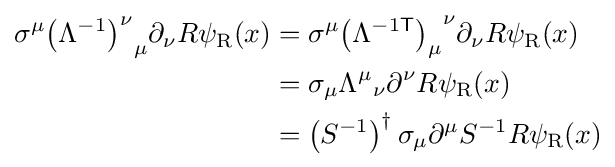
{\begin{aligned}\sigma ^{\mu }{\left(\Lambda ^{-1}\right)^{\nu }}_{\mu }\partial _{\nu }R\psi _{\rm {R}}(x)&=\sigma ^{\mu }{\left(\Lambda ^{-1{\mathsf {T}}}\right)_{\mu }}^{\nu }\partial _{\nu }R\psi _{\rm {R}}(x)\\&=\sigma _{\mu }{\Lambda ^{\mu }}_{\nu }\partial ^{\nu }R\psi _{\rm {R}}(x)\\&=\left(S^{-1}\right)^{\dagger }\sigma _{\mu }\partial ^{\mu }S^{-1}R\psi _{\rm {R}}(x)\end{aligned}}